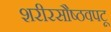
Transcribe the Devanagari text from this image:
शरीरसौष्ठवपटू